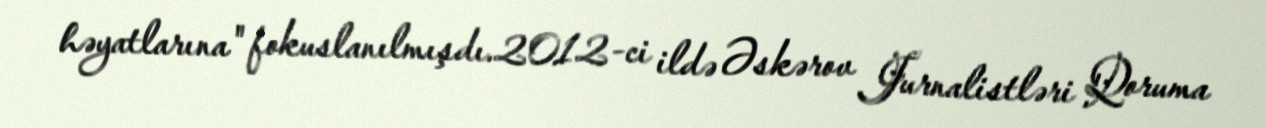
həyatlarına" fokuslanılmışdı.2012-ci ildə Əskərov Jurnalistləri Qoruma